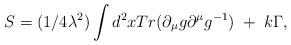
LaTeX: \begin{align*}S=(1/4\lambda^2)\int d^2x Tr (\partial_\mu g\partial^\mu g^{-1})\;+\;k\Gamma,\end{align*}